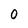
Character: 0